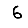
Digit: 6